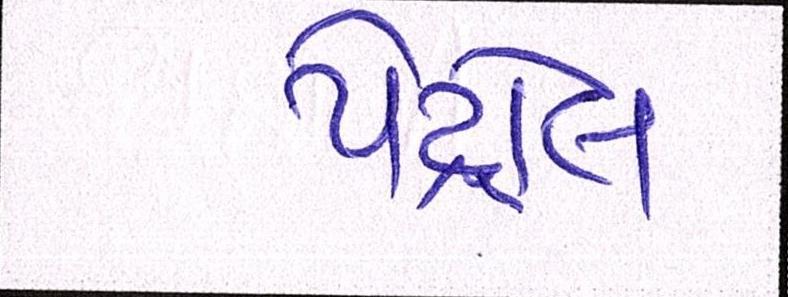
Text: પેટ્રોલ